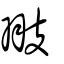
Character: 翄